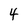
Character: 4